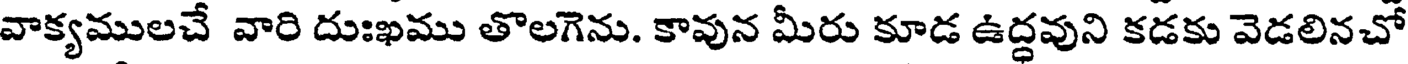
వాక్యములచే వారి దుఃఖము తొలగెను. కావున మీరు కూడ ఉద్ధవుని కడకు వెడలినచో